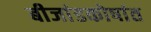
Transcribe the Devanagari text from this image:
बीजांडकोषांत